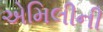
એમિલીની